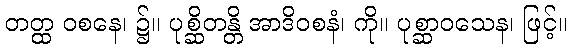
တတ္ထ ဝစနေ၊ ၌။ ပုစ္ဆိတန္တိ အာဒိဝစနံ၊ ကို။ ပုစ္ဆာဝသေန၊ ဖြင့်။